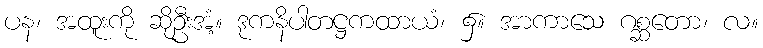
ပန၊ အထူးကို ဆိုဦးအံ့။ ဒုကနိပါတဋ္ဌကထာယံ၊ ၌။ အာကာသေ ဂစ္ဆတော၊ လ။